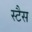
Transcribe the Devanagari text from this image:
स्टैस